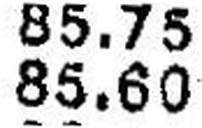
85.60